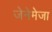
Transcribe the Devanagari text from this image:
जेनेमेजा